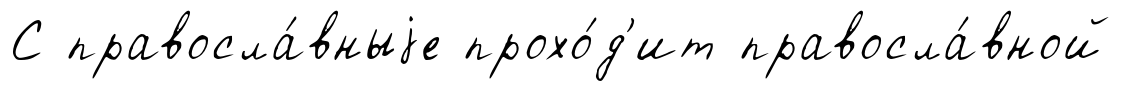
С правосла́вныjе прохо́д'ит правосла́вной